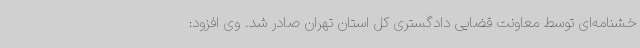
خشنامه‌ای توسط معاونت قضایی دادگستری کل استان تهران صادر شد. وی افزود: